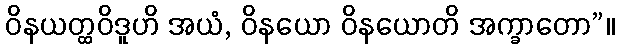
ဝိနယတ္ထဝိဒူဟိ အယံ, ဝိနယော ဝိနယောတိ အက္ခာတော”။